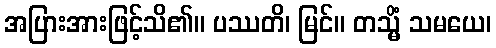
အပြားအားဖြင့်သိ၏။ ပဿတိ၊ မြင်။ တသ္မိံ သမယေ၊